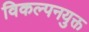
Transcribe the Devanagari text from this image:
विकल्पनयुक्त